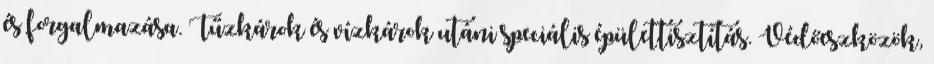
és forgalmazása. Tűzkárok és vízkárok utáni speciális épülettisztítás. Védőeszközök,